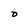
Character: 0